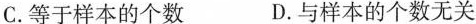
C.等于样本的个数 D.与样本的个数无关